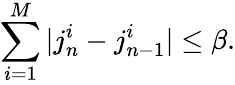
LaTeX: \sum_{i=1}^{M}|j_{n}^{i}-j_{n-1}^{i}|\leq\beta.